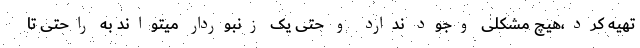
تهیه کرد،هیچ مشکلی وجود ندارد و حتی یک زنبوردار میتواند به راحتی تا